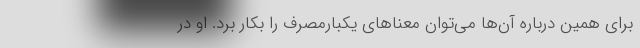
برای همین درباره آن‌ها می‌توان معناهای یکبارمصرف را بکار برد. او در